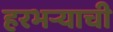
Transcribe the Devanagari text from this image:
हरभऱ्याची